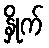
နှိုက်